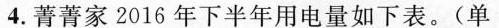
4.菁菁家2016年下半年用电量如下表。(单